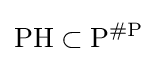
\mathrm {PH} \subset \mathrm {P} ^{\mathrm {\#P} }